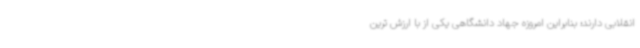
انقلابی دارند؛ بنابراین امروزه جهاد دانشگاهی یکی از با ارزش ترین